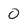
Character: 0